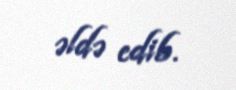
əldə edib.